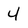
Character: 4